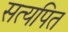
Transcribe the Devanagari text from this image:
सत्यपित